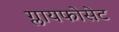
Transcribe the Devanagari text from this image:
ग्लायफोसेट